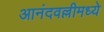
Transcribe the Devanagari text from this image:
आनंदवल्लीमध्ये